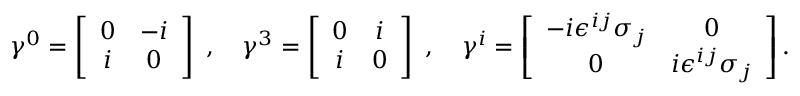
\gamma ^ { 0 } = \left[ \begin{array} { c c } { { 0 } } & { { - i } } \\ { { i } } & { { 0 } } \end{array} \right] ~ , ~ ~ ~ \gamma ^ { 3 } = \left[ \begin{array} { c c } { { 0 } } & { { i } } \\ { { i } } & { { 0 } } \end{array} \right] ~ , ~ ~ ~ \gamma ^ { i } = \left[ \begin{array} { c c } { { - i \epsilon ^ { i j } \sigma _ { j } } } & { { 0 } } \\ { { 0 } } & { { i \epsilon ^ { i j } \sigma _ { j } } } \end{array} \right] .